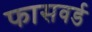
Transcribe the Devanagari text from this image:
फासवर्ड